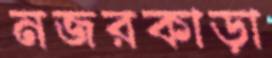
নজরকাড়া